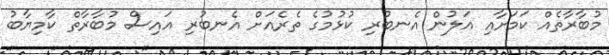
މުބާރާތެއް ކަމަށާއި އަލުން އެނބުރި ކުޅުމުގެ ތެރެއަށް އެނބުރި އައިސް މުބާރާތް ކާމިޔާބު